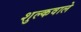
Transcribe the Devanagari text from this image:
शुल्कवाले